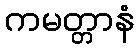
ကမတ္တာနံ